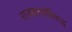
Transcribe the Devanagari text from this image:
राजकर्त्यांविरुद्ध